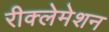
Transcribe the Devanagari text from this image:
रीक्लेमेशन